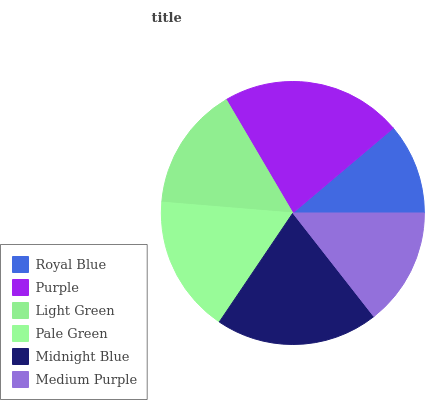
| Royal Blue | Purple | Light Green | Pale Green | Midnight Blue | Medium Purple |
 | --- | --- | --- | --- | --- | --- |
 | 11.2% | 22.3% | 15.2% | 16.9% | 20% | 14.4% |